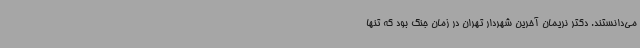
می‌دانستند. دکتر نریمان آخرین شهردار تهران در زمان جنگ بود که تنها